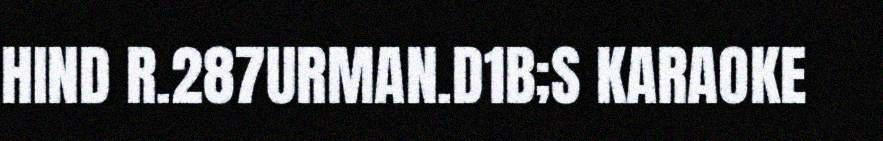
HIND R.287URMAN.D1B;S KARAOKE